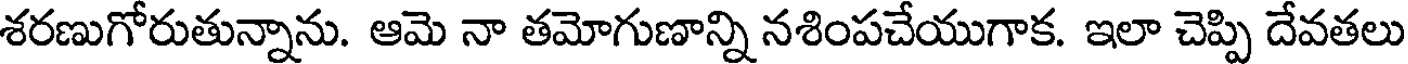
శరణుగోరుతున్నాను. ఆమె నా తమోగుణాన్ని నశింపచేయుగాక. ఇలా చెప్పి దేవతలు